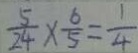
\frac { 5 } { 2 4 } \times \frac { 6 } { 5 } = \frac { 1 } { 4 }